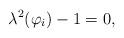
LaTeX: \begin{align*}\lambda^2(\varphi_i)-1=0,\end{align*}